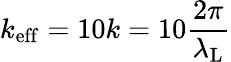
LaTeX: k_{\mathrm{eff}}=10k=10\frac{2\pi}{\lambda_{\mathrm{L}}}